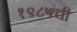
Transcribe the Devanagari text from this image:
१९८५ची